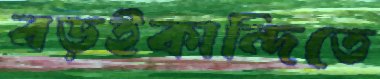
বড়ইকান্দিতে